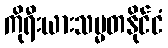
ကိုရီးယားသမ္မတနိုင်ငံ